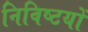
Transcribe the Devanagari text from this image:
निविष्टयों